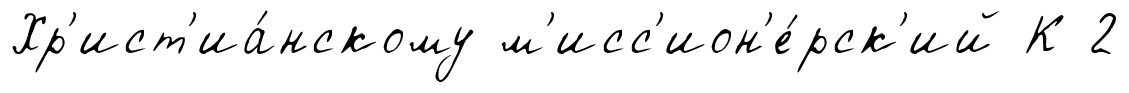
Хр'ист'иа́нскому м'исс'ион'е́рск'ий К 2